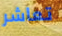
تعاشر